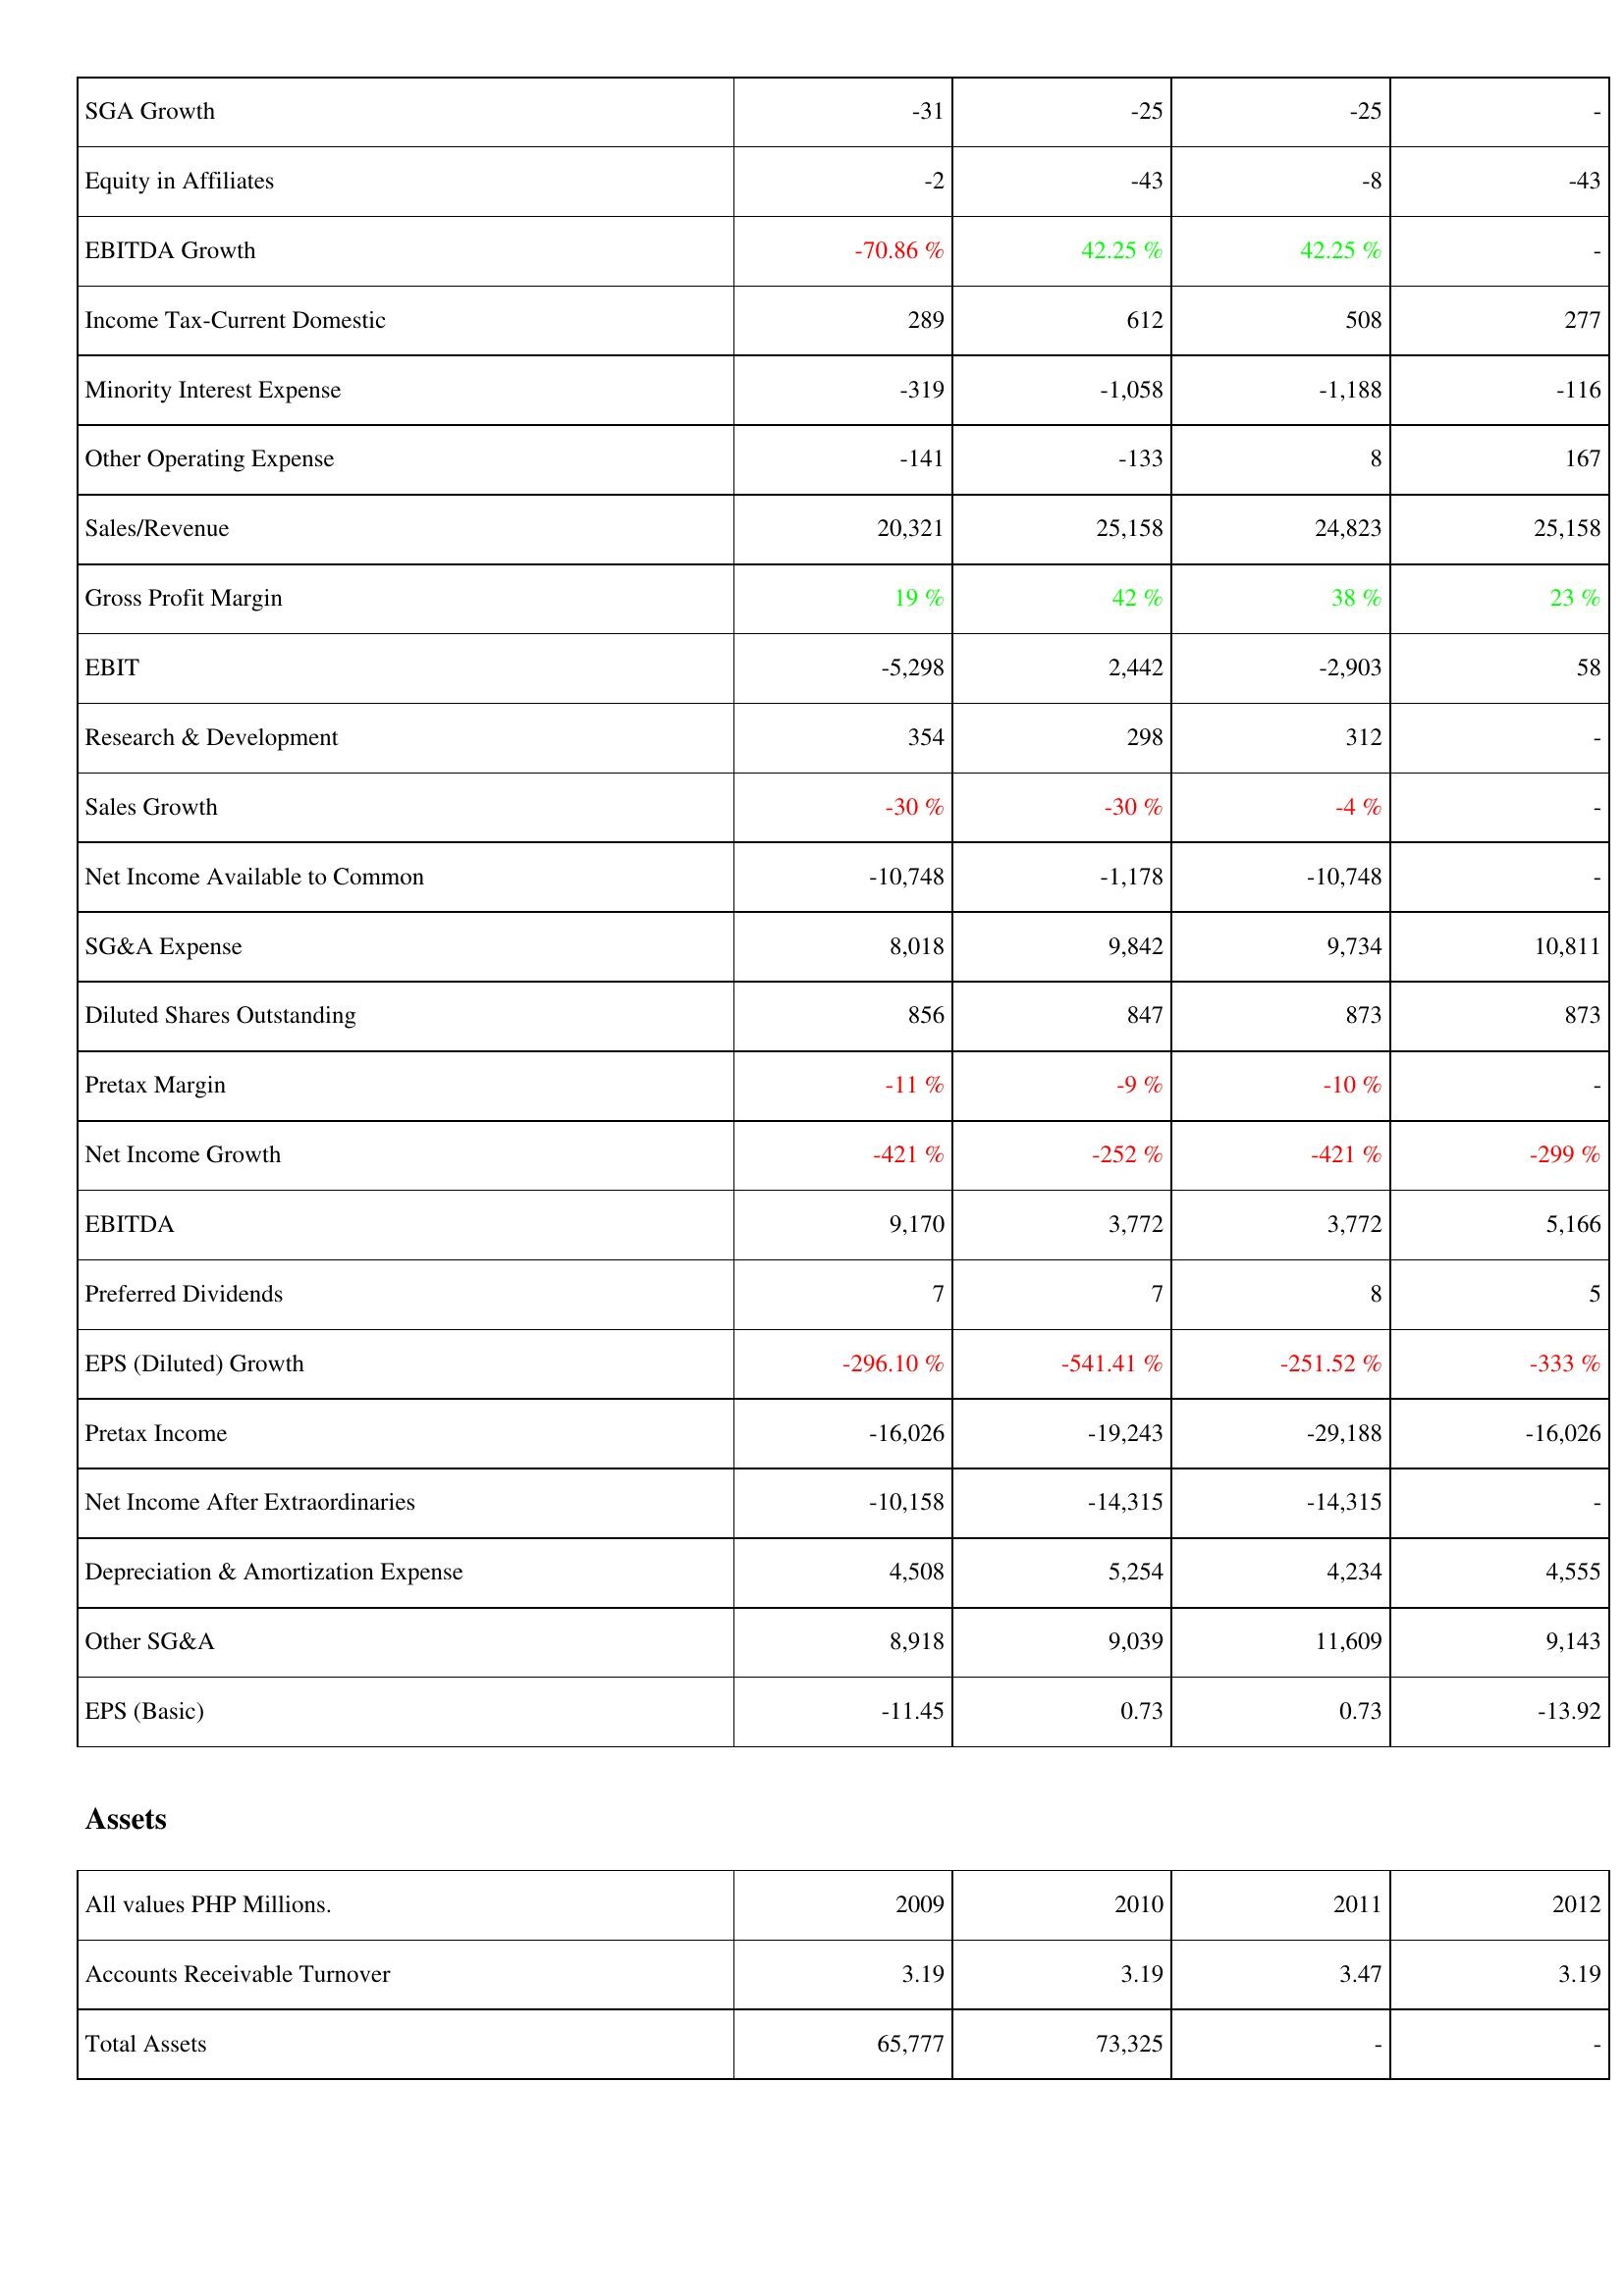
2009: Income Statement: SGA Growth: -31
Equity in Affiliates: -2
EBITDA Growth: -70.86 %
Income Tax-Current Domestic: 289
Minority Interest Expense: -319
Other Operating Expense: -141
Sales/Revenue: 20,321
Gross Profit Margin: 19 %
EBIT: -5,298
Research & Development: 354
Sales Growth: -30 %
Net Income Available to Common: -10,748
SG&A Expense: 8,018
Diluted Shares Outstanding: 856
Pretax Margin: -11 %
Net Income Growth: -421 %
EBITDA: 9,170
Preferred Dividends: 7
EPS (Diluted) Growth: -296.10 %
Pretax Income: -16,026
Net Income After Extraordinaries: -10,158
Depreciation & Amortization Expense: 4,508
Other SG&A: 8,918
EPS (Basic): -11.45
Assets: Accounts Receivable Turnover: 3.19
Total Assets: 65,777
2010: Income Statement: SGA Growth: -25
Equity in Affiliates: -43
EBITDA Growth: 42.25 %
Income Tax-Current Domestic: 612
Minority Interest Expense: -1,058
Other Operating Expense: -133
Sales/Revenue: 25,158
Gross Profit Margin: 42 %
EBIT: 2,442
Research & Development: 298
Sales Growth: -30 %
Net Income Available to Common: -1,178
SG&A Expense: 9,842
Diluted Shares Outstanding: 847
Pretax Margin: -9 %
Net Income Growth: -252 %
EBITDA: 3,772
Preferred Dividends: 7
EPS (Diluted) Growth: -541.41 %
Pretax Income: -19,243
Net Income After Extraordinaries: -14,315
Depreciation & Amortization Expense: 5,254
Other SG&A: 9,039
EPS (Basic): 0.73
Assets: Accounts Receivable Turnover: 3.19
Total Assets: 73,325
2011: Income Statement: SGA Growth: -25
Equity in Affiliates: -8
EBITDA Growth: 42.25 %
Income Tax-Current Domestic: 508
Minority Interest Expense: -1,188
Other Operating Expense: 8
Sales/Revenue: 24,823
Gross Profit Margin: 38 %
EBIT: -2,903
Research & Development: 312
Sales Growth: -4 %
Net Income Available to Common: -10,748
SG&A Expense: 9,734
Diluted Shares Outstanding: 873
Pretax Margin: -10 %
Net Income Growth: -421 %
EBITDA: 3,772
Preferred Dividends: 8
EPS (Diluted) Growth: -251.52 %
Pretax Income: -29,188
Net Income After Extraordinaries: -14,315
Depreciation & Amortization Expense: 4,234
Other SG&A: 11,609
EPS (Basic): 0.73
Assets: Accounts Receivable Turnover: 3.47
Total Assets: -
2012: Income Statement: SGA Growth: -
Equity in Affiliates: -43
EBITDA Growth: -
Income Tax-Current Domestic: 277
Minority Interest Expense: -116
Other Operating Expense: 167
Sales/Revenue: 25,158
Gross Profit Margin: 23 %
EBIT: 58
Research & Development: -
Sales Growth: -
Net Income Available to Common: -
SG&A Expense: 10,811
Diluted Shares Outstanding: 873
Pretax Margin: -
Net Income Growth: -299 %
EBITDA: 5,166
Preferred Dividends: 5
EPS (Diluted) Growth: -333 %
Pretax Income: -16,026
Net Income After Extraordinaries: -
Depreciation & Amortization Expense: 4,555
Other SG&A: 9,143
EPS (Basic): -13.92
Assets: Accounts Receivable Turnover: 3.19
Total Assets: -